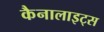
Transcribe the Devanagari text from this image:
कैनालाइट्स